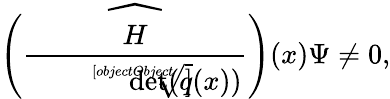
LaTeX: {\widehat{\left({\frac{H}{\sqrt[[objectObject]]{\operatorname*{det}(q(x))}}}\right)}}(x)\Psi\not=0,